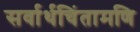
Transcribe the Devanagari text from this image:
सर्वार्थचिंतामणि